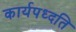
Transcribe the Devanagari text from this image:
कार्यपध्दति